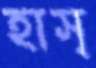
হাস্‌